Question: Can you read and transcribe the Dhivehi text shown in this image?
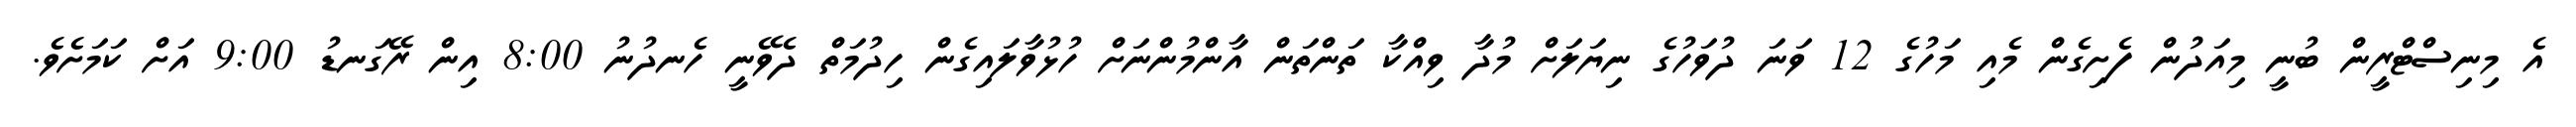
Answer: އެ މިނިސްޓްރީން ބުނީ މިއަދުން ފެށިގެން މެއި މަހުގެ 12 ވަނަ ދުވަހުގެ ނިޔަލަށް މުދާ ވިއްކާ ތަންތަން އާންމުންނަށް ހުޅުވާލައިގެން ހިދުމަތް ދެވޭނީ ހެނދުނު 8:00 އިން ރޭގަނޑު 9:00 އަށް ކަމަށެވެ.